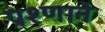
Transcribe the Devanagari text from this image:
प्रश्णाने